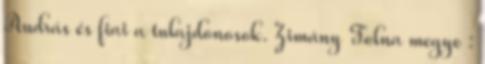
András és fiai a tulajdonosok. Zimány Tolna megye :